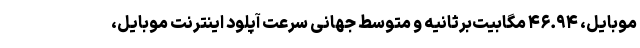
موبایل، ۴۶.۹۴ مگابیت‌برثانیه و متوسط جهانی سرعت آپلود اینترنت موبایل،